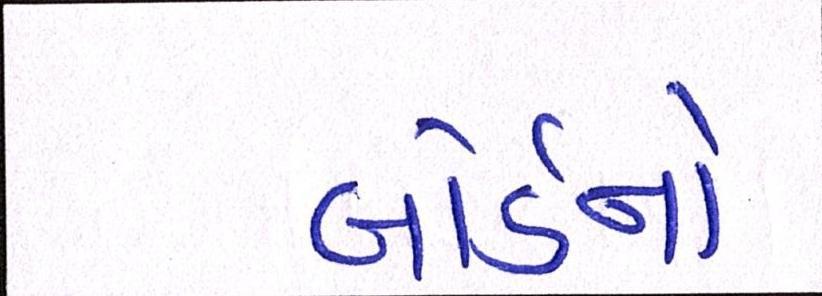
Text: બોર્ડનો